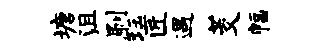
塘沮刷珏匠遇茭幅